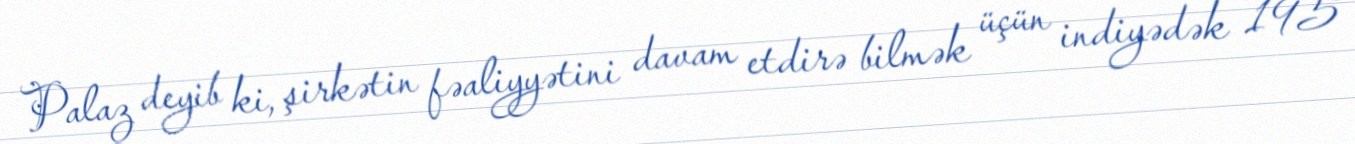
Palaz deyib ki, şirkətin fəaliyyətini davam etdirə bilmək üçün indiyədək 195